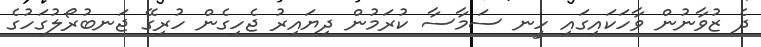
ދެ ޒުވާނުން ވާހަކައިގައި ހީނ ސަމާސާ ކުރަމުން ދިޔައިރު ޖެހިގެން ހުރިގޭ ޖަނބުރޯލުގަހުގެ